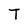
Character: T